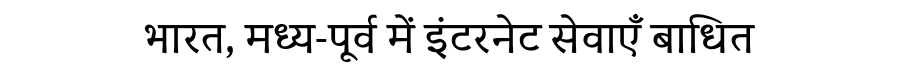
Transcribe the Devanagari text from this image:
भारत, मध्य-पूर्व में इंटरनेट सेवाएँ बाधित